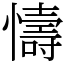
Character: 懤